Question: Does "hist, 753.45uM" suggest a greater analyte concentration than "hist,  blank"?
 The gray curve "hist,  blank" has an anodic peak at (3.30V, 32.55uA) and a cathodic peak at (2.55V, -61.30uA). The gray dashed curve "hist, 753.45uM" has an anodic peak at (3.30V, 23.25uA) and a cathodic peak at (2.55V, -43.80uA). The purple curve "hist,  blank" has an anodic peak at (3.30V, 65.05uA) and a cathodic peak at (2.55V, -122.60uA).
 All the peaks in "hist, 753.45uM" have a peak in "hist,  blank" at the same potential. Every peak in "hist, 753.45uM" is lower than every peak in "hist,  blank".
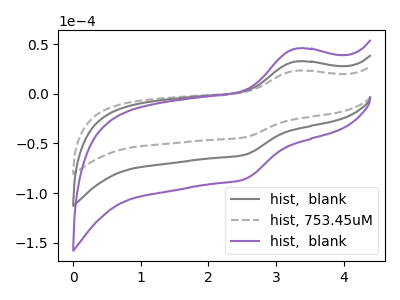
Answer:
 <answer>"hist, 753.45uM" has less signal than "hist,  blank".</answer>
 <eval>less_signal</eval>